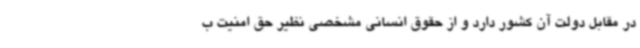
در مقابل دولت آن کشور دارد و از حقوق انسانی مشخصی نظیر حق امنیت ب